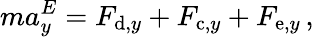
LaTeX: ma_{y}^{E}=F_{\mathrm{d},y}+F_{\mathrm{c},y}+F_{\mathrm{e},y}\, ,